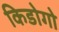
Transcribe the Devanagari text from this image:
किडोगो